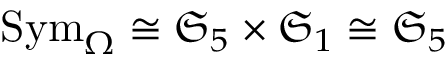
\mathrm { S y m } _ { \Omega } \cong \mathfrak { S } _ { 5 } \times \mathfrak { S } _ { 1 } \cong \mathfrak { S } _ { 5 }